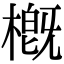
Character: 槪